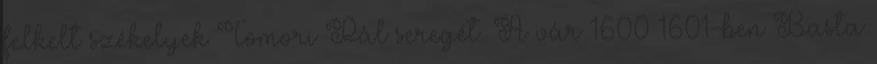
felkelt székelyek Tomori Pál seregét. A vár 1600–1601-ben Basta